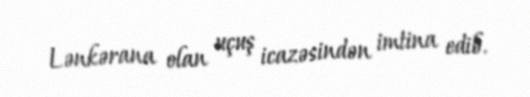
Lənkərana olan uçuş icazəsindən imtina edib.